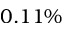
0 . 1 1 \%